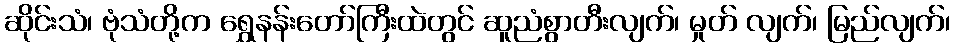
ဆိုင်းသံ၊ ဗုံသံတို့က ရွှေနန်းတော်ကြီးထဲတွင် ဆူညံစွာတီးလျက်၊ မှုတ် လျက်၊ မြည်လျက်၊